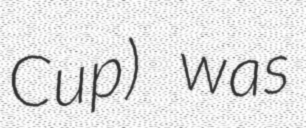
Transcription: Cup) was